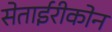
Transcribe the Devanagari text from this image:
सेताईरीकोन